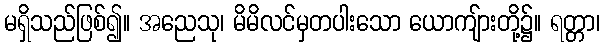
မရှိသည်ဖြစ်၍။ အညေသု၊ မိမိလင်မှတပါးသော ယောကျ်ားတို့၌။ ရတ္တာ၊